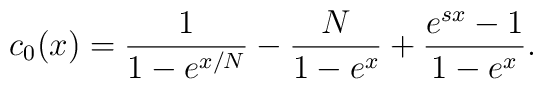
c_{0}(x) = \frac{1}{1-e^{x/N}} - \frac{N}{1-e^{x}} +    \frac{e^{sx}-1}{1-e^{x}} .